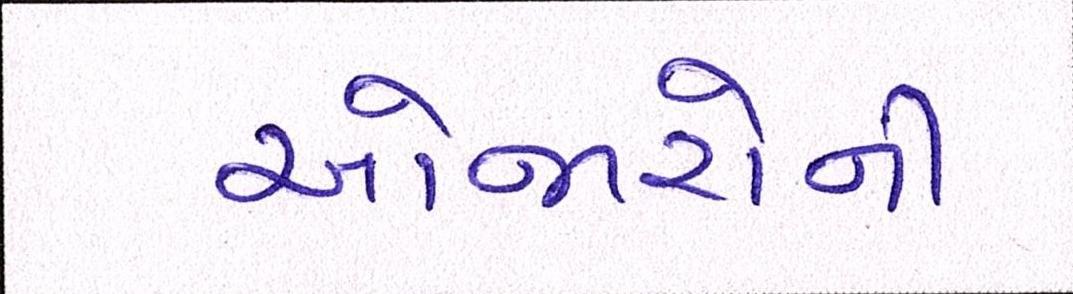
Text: ઓજારોની